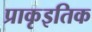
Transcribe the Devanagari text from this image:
प्राकृइतिक